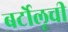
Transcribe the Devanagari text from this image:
बर्टोलूची